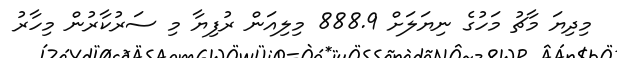
މިދިޔަ މާޗު މަހުގެ ނިޔަލަށް 888.9 މިލިއަން ރުފިޔާ މި ސަރުކާރުން މިހާރު